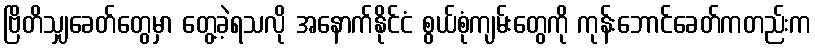
ဗြိတိသျှခေတ်တွေမှာ တွေ့ခဲ့ရသလို အနောက်နိုင်ငံ စွယ်စုံကျမ်းတွေကို ကုန်းဘောင်ခေတ်ကတည်းက